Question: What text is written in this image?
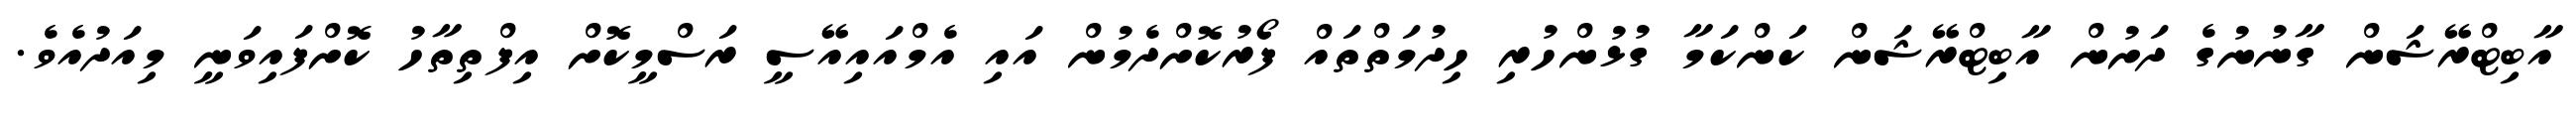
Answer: އާބިޓްރޭޝަން ގާނުނުގެ ދަށުން އާބިޓްރޭޝަން ކަންކަމާ ގުޅުންހުރި ހިދުމަތްތައް ފޯރުކޮށްދެމުން އައި އެމްއައިއޭސީ ރަސްމީކޮށް އިފްތިތާހު ކޮށްފައިވަނީ މިއަދުއެވެ.